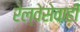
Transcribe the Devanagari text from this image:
रेल्वेसेवाही